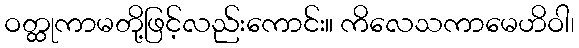
ဝတ္ထုကာမတို့ဖြင့်လည်းကောင်း။ ကိလေသကာမေဟိဝါ၊